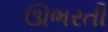
ઊભરતી